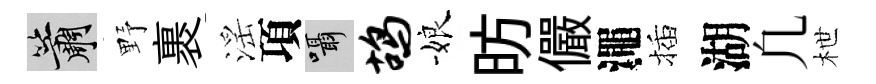
簫野裹滛項囁鸪娘昉儼澠插湖凢枻